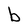
Character: b